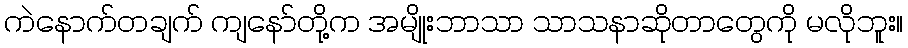
ကဲနောက်တချက် ကျနော်တို့က အမျိုးဘာသာ သာသနာဆိုတာတွေကို မလိုဘူး။